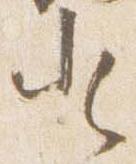
登